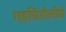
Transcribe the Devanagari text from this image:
गडचिरोलीचे